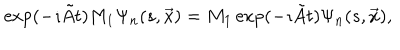
LaTeX: \exp ( - \imath \tilde { A } t ) M _ { 1 } \Psi _ { n } ( s , \vec { x } ) = M _ { 1 } \exp ( - \imath \tilde { A } t ) \Psi _ { n } ( s , \vec { x } ) ,